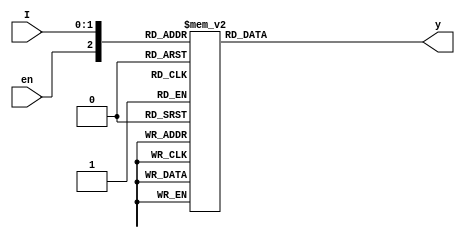
`ifndef encoder_2_4
`define encoder_2_4
module encoder_2_4(y, en, I);

  input [1:0]I;
  input en;
  output reg [3:0]y;

  always@(*)
    begin
      case({en, I})
		3'b100: y = 4'b0001;
		3'b101: y = 4'b0010;
		3'b110: y = 4'b0100;
		3'b111: y = 4'b1000;
		3'b000,
		3'b001,
		3'b010,
		3'b011: y = 4'b0000;
	default: $display("Invalid combinations.");
      endcase
    end
endmodule

`endif